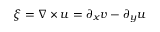
\xi = \boldsymbol { \nabla } \times \boldsymbol { u } = \partial _ { x } v - \partial _ { y } u